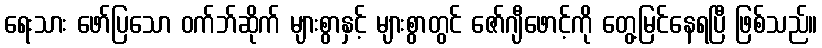
ရေးသား ဖော်ပြသော ဝက်ဘ်ဆိုက် များစွာနှင့် များစွာတွင် ဇော်ဂျီဖောင့်ကို တွေ့မြင်နေရပြီ ဖြစ်သည်။